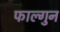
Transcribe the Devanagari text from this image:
फाल्‍गुन